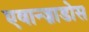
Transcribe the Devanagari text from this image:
एवान्ज़ाडोस